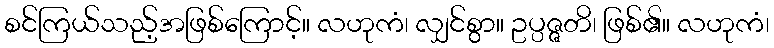
စင်ကြယ်သည့်အဖြစ်ကြောင့်။ လဟုကံ၊ လျှင်စွာ။ ဥပ္ပဇ္ဇတိ၊ ဖြစ်၏။ လဟုကံ၊